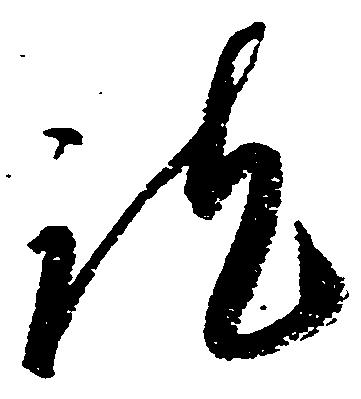
訖